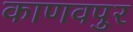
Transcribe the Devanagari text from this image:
काणवपुर